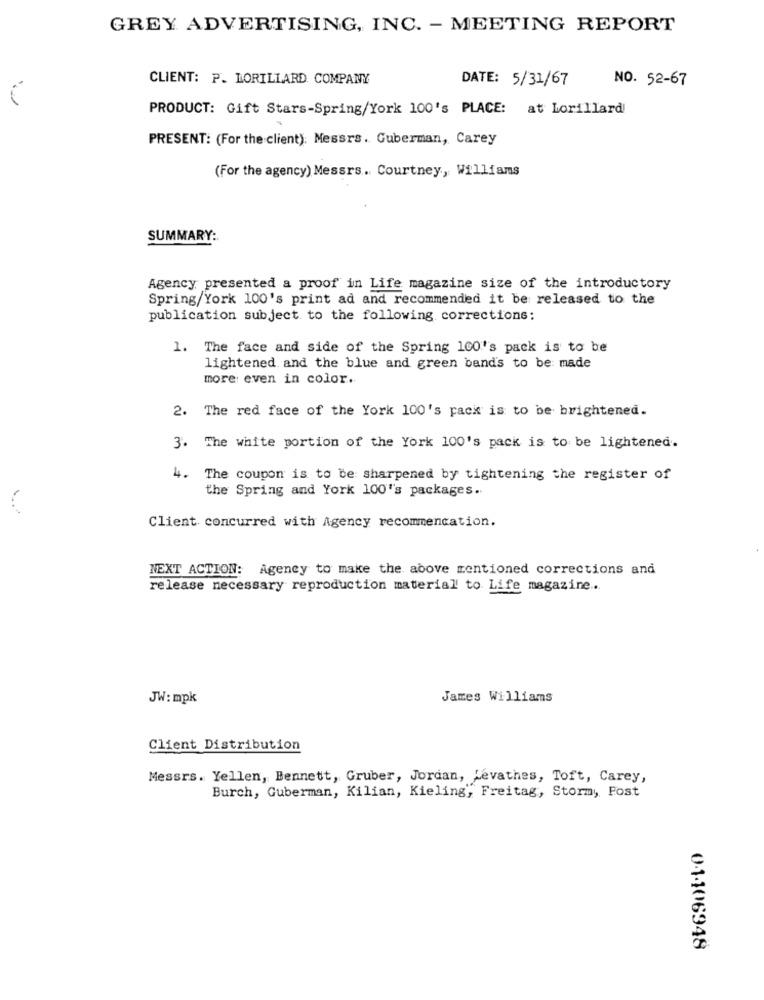
GREY ADVERTISING, INC. - MEETING REPORT
CLIENT: P. LORILLARD COMPANY
DATE: 5/31/67
NO. 52-67
PRODUCT: Gift Stars-Spring/York 100's PLACE: at Lorillard
PRESENT: (For the client): Messrs. Guberman, Carey
(For the agency) Messrs. Courtney, Williams
SUMMARY:
Agency presented a proof in Life magazine size of the introductory
Spring/York 100's print ad and recommended it be released to the
publication subject to the following corrections:
1. The face and side of the Spring 100's pack is to be
lightened and the blue and green band's to be made
more even in color.
2. The red face of the York 100's pack is to be brightened.
3. The white portion of the York 100's pack is to be lightened.
4. The coupon is to be sharpened by tightening the register of
the Spring and York 100''s packages.
Client concurred with Agency recommencation.
NEXT ACTION: Agency to make the above mentioned corrections and
release necessary reproduction material to Life magazine ...
JW: mpk
James Williams
Client Distribution
Messrs. Yellen, Bennett, Gruber, Jordan, Levathes, Toft, Carey,
Burch, Guberman, Kilian, Kieling, Freitag, Stormy Post
01-106948